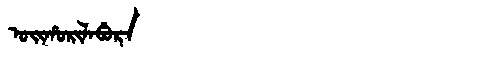
Manchu: ᠣᡳᡥᠣᡵᡳᠯᠠᠪᡠᡵᠠ
Romanization: OIHORILABURA